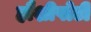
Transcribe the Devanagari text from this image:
हौशीपोटी